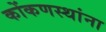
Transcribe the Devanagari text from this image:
कोंकणस्थांना